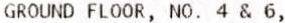
GROUND FLOOR, NO. 4 & 6,